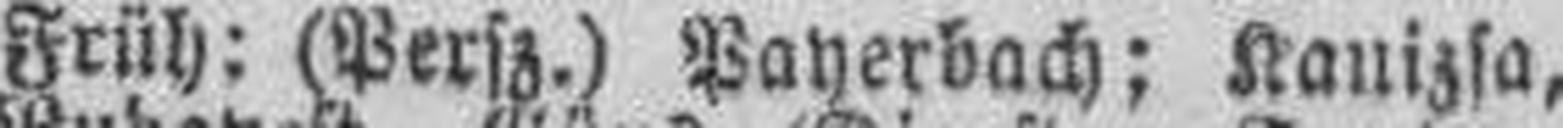
5.55 Früh: (Persz.) Payerbach; Kanizsa,